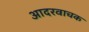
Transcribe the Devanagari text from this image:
आदरवाचक